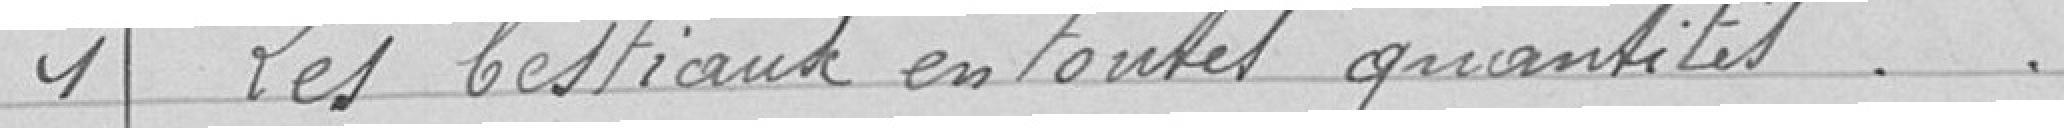
1 Les bestiaux en toutes quantités